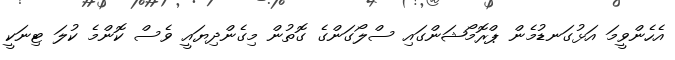
އެހެންވީމަ އަޅުގަނޑުމެން ޕްރޮމޯޝަންގައި ސްލޯގަންގެ ގޮތުން މިގެންދިޔައީ ވެސް ކޮންމެ ކުލަ ޓިނަކީ